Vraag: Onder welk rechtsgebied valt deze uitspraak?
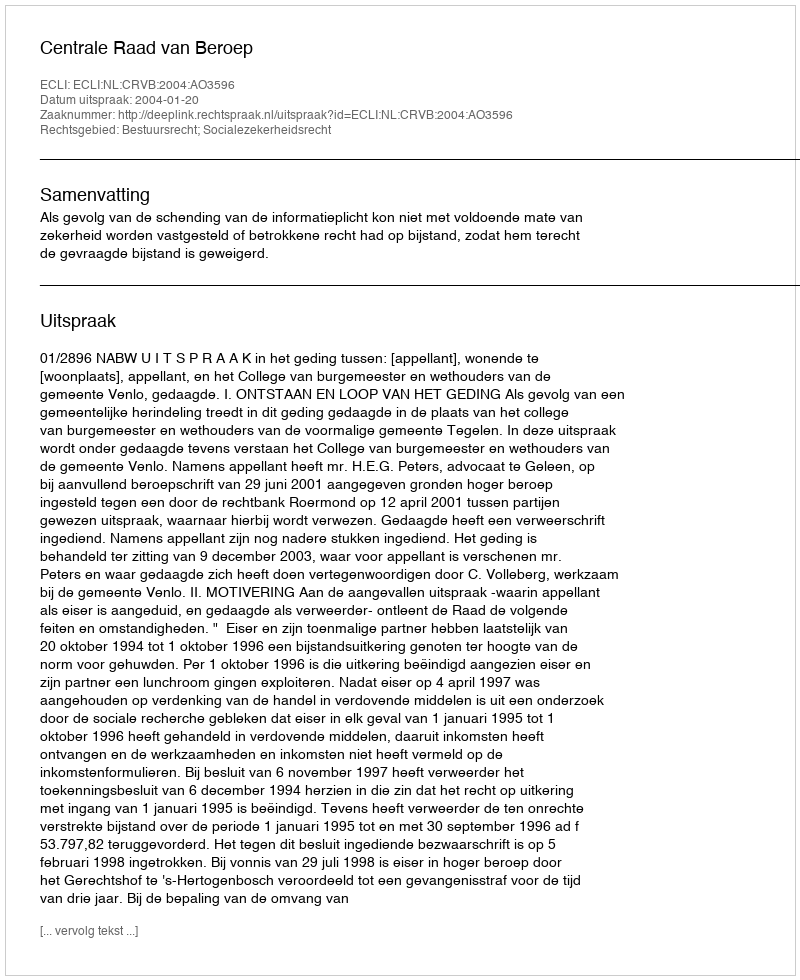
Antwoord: Bestuursrecht; Socialezekerheidsrecht